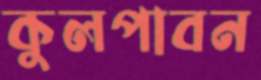
কুলপাবন